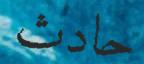
حادث